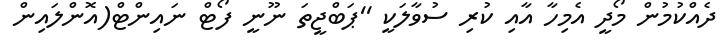
ދެއްކުމުން މޯދީ އެމިހާ އާއި ކުރި ސުވާލަކީ ''ޕަބްޖީތަ ނޫނީ ފޯޓް ނައިންޓް(އޮންލައިން